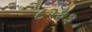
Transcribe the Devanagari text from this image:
८२३३